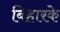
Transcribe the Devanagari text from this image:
बिहारके